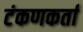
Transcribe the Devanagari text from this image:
टंकणकर्ता